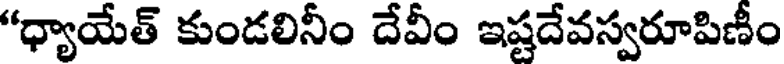
"ధ్యాయేత్ కుండలినీం దేవీం ఇష్టదేవస్వరూపిణీం